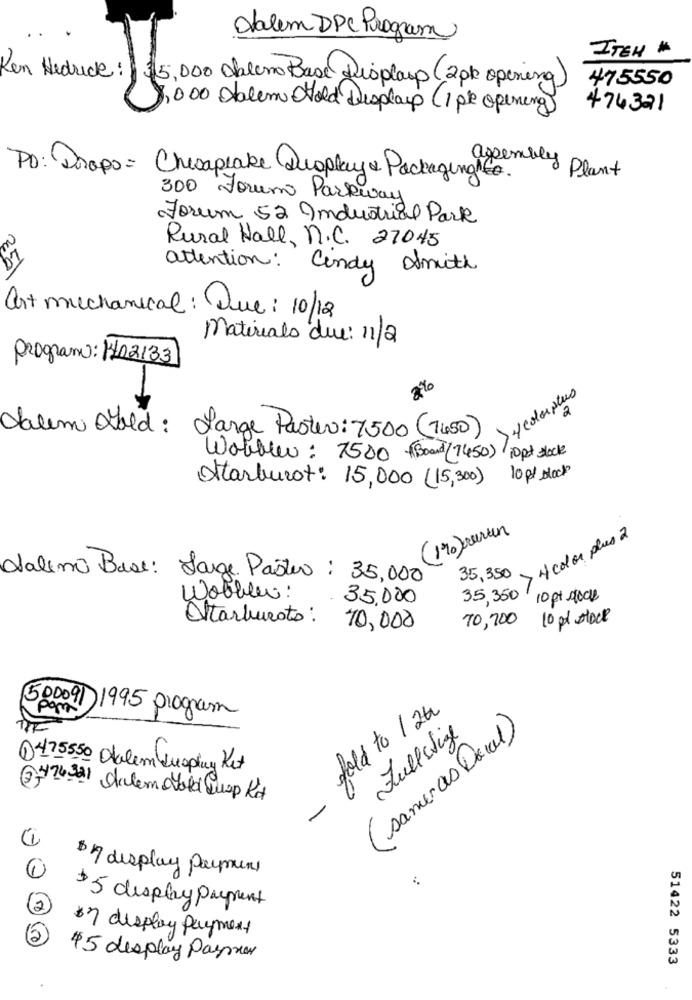
Dalem DPC Program
ITEH #
475550
Ken Hedrick: $5,000 Obrero Base Displayp (2pk opening)
1,000 Salem Hold Displays (1 pte opening)
474321
Po: Drops= Chesapeake Quoplay & Packaging z& Plant
300 Forumo Parkway
Forum 52 Industrial Park
Rural Hall, n.C. 27045
attention: Cindy Smith
25\
art mechanical : Que: 10/12
Materials due: 11/2
Program: 1402133
8%
4 colorplus
2
dalem Hold :
Large Paster: 7500 (7450)
Wobble: 7500 ( Board (7450) 10pt glock
10 pt stock
Starburst: 15,000 (15,300)
(1%)ourun
> 4 color plus 2
Salino Base: Large Pastro : 35,000
35,3,50
Wobbles:
35,000
35,350
10 pt stock
Ottarburoto :
70,700 10 pt stock
70,000
500091
Pom
fold to 1 2th
1995 program
(sameras Decal)
Fullstige
0475550 Oalem kusplay Ket
3 76321 SalernoVold Susp Kot
-
$7 display Payment
2
$5 display payment
37 display payment
,50
45 display Payer
51422 5333